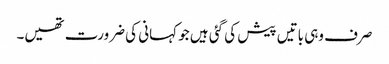
صرف وہی باتیں پیش کی گئی ہیں جو کہانی کی ضرورت تھیں۔